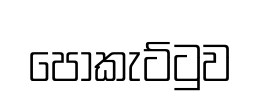
පොකැට්ටුව